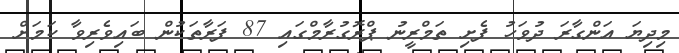
މިދިޔަ އަންގާރަ ދުވަހު ފެށި ތަމްރީނު ޕްރޮގުރާމްގައި 87 ފަރާތަކުން ބައިވެރިވާ ކަމަށް